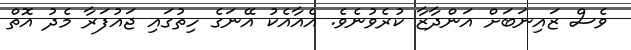
ވެސް ޒައިނަބަށް އަންދާޒާ ކުރެވުނެވެ. އެއާއެކު އޭނަގެ ހިތުގައި ޖައުފަރާ މެދު އޮތް